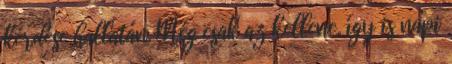
kérdése hallatán. Még csak az kellene, így is napi